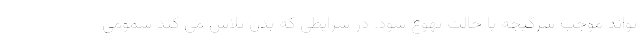
تواند موجب سرگیجه یا حالت تهوع شود. در شرایطی که بدن تلاش می کند سمومی